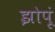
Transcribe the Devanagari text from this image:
झोपूं